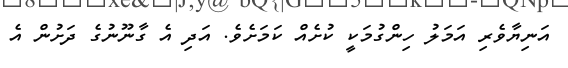
އަނިޔާވެރި އަމަލު ހިންގުމަކީ ކުށެއް ކަމަށެވެ. އަދި އެ ގާނޫނުގެ ދަށުން އެ